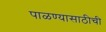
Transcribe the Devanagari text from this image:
पाळण्यासाठीची